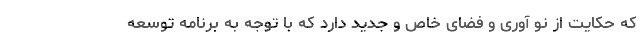
که حکایت از نو آوری و فضای خاص و جدید دارد که با توجه به برنامه توسعه